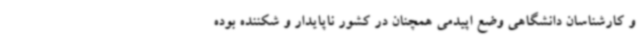
و کارشناسان دانشگاهی وضع اپیدمی همچنان در کشور ناپایدار و شکننده بوده